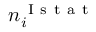
n _ { i } ^ { \mathrm { ~ I ~ s ~ t ~ a ~ t ~ } }